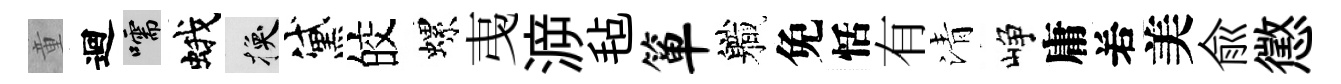
童迴嚅蛾换黛皎螺𢎯㴑毡箪軄免恬有清峥庸𠰥美俞懲